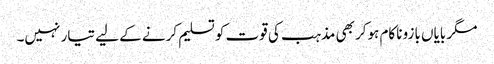
مگر بایاں بازو ناکام ہوکر بھی مذہب کی قوت کو تسلیم کرنے کے لیے تیار نہیں۔